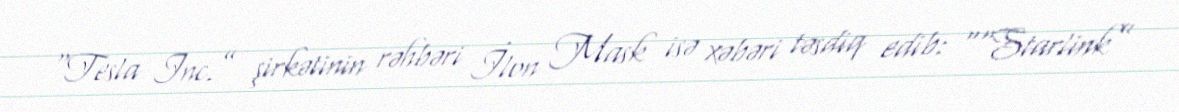
“Tesla Inc.” şirkətinin rəhbəri İlon Mask isə xəbəri təsdiq edib: ““Starlink”